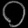
Digit: ၀